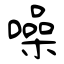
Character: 噪